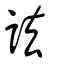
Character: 詓